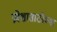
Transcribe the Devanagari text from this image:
प्रवेशासाठीच्या